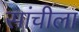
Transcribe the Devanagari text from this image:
सांचीला